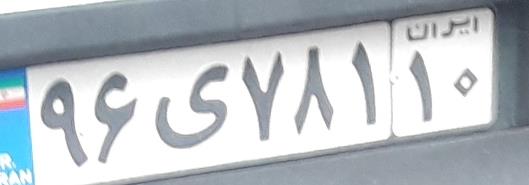
۹۶ی۷۸۱۱۰